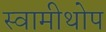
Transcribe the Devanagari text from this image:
स्वामीथोप